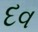
દવ